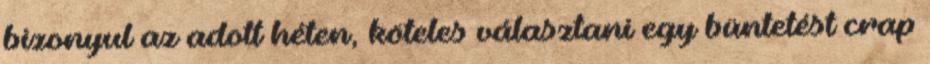
bizonyul az adott héten, köteles választani egy büntetést crap